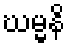
ဃမ္မနိ